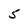
Character: 5